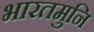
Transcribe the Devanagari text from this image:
भारतमुनि